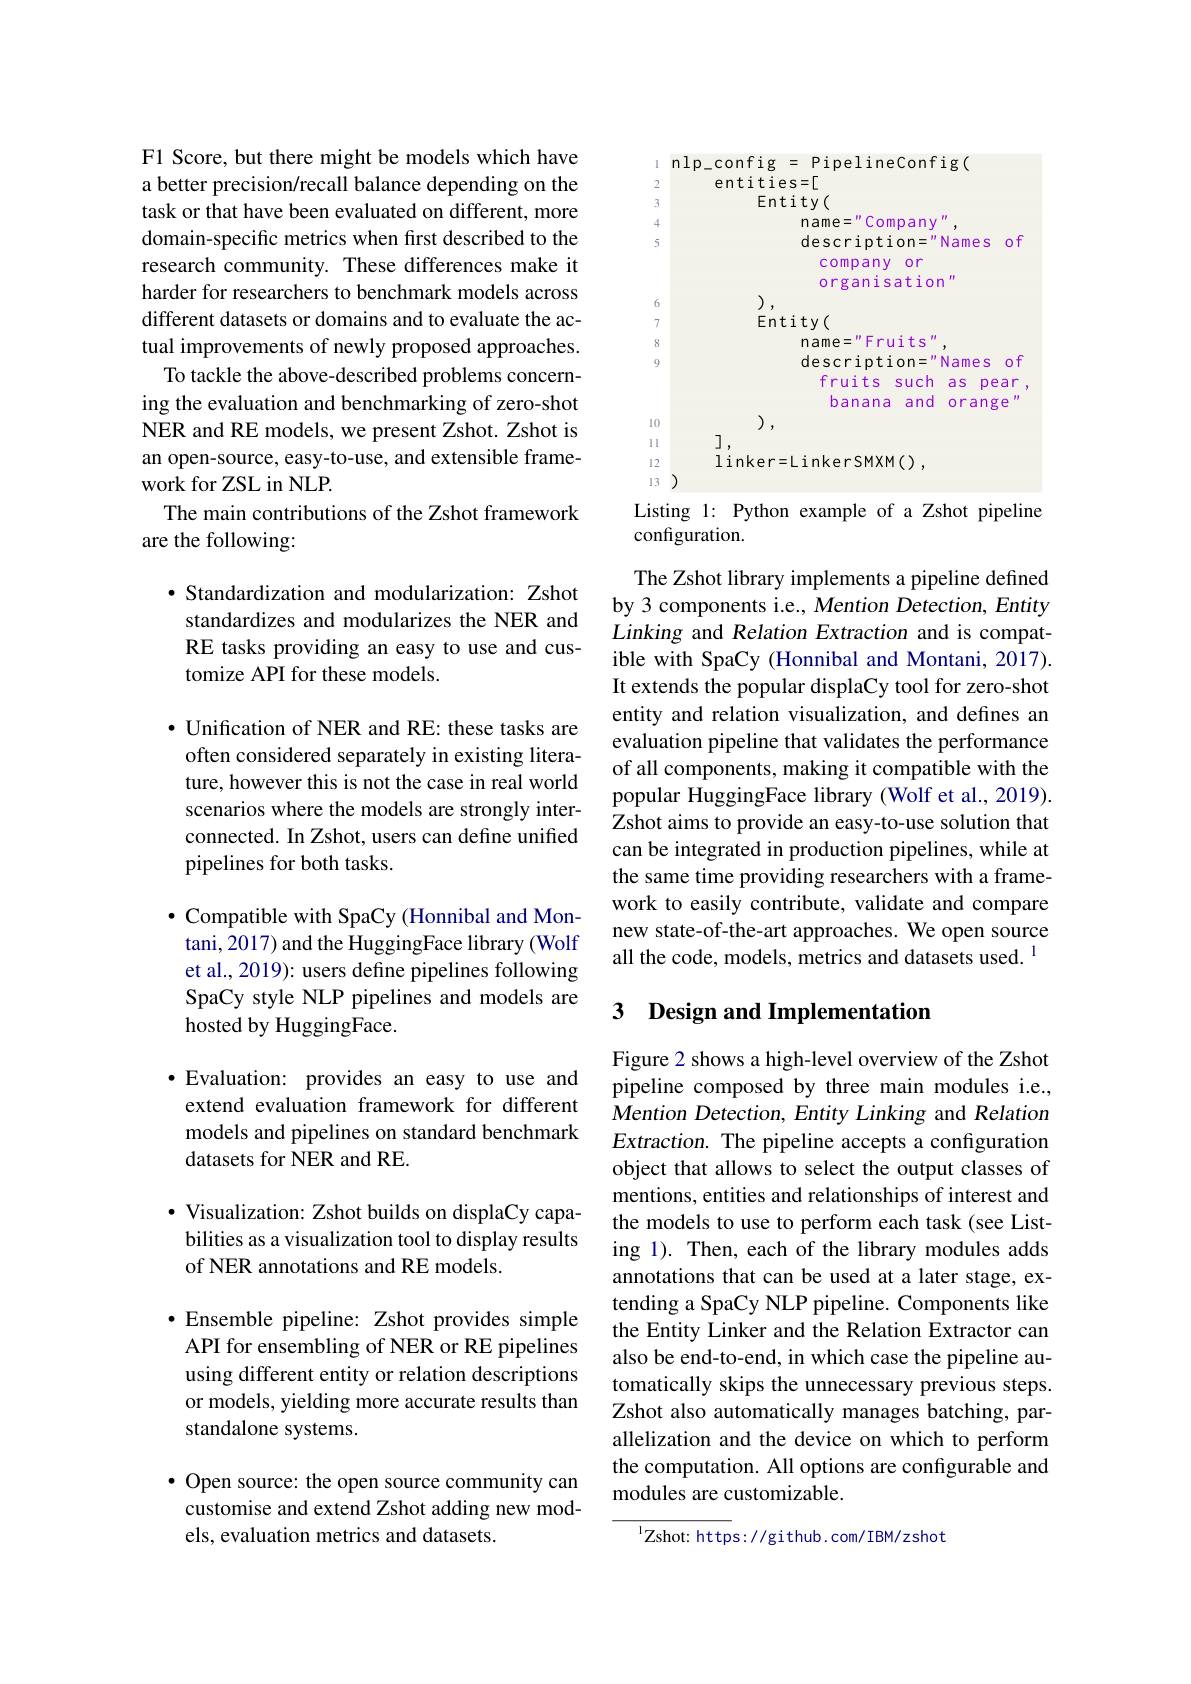
F1 Score, but there might be models which have a better precision/recall balance depending on the task or that have been evaluated on different, more domain-specific metrics when first described to the research community. These differences make it harder for researchers to benchmark models across different datasets or domains and to evaluate the actual improvements of newly proposed approaches.
To tackle the above-described problems concerning the evaluation and benchmarking of zero-shot NER and RE models, we present Zshot. Zshot is an open-source, easy-to-use, and extensible framework for ZSL in NLP.
The main contributions of the Zshot framework
are the following:

$\bullet$ Standardization and modularization: Zshot standardizes and modularizes the NER and RE tasks providing an easy to use and customize API for these models.

$\bullet$ Unification of NER and RE: these tasks are often considered separately in existing literature, however this is not the case in real world scenarios where the models are strongly interconnected. In Zshot, users can define unified pipelines for both tasks.

$\bullet$ Compatible with SpaCy (Honnibal and Montani, 2017) and the HuggingFace library (Wolf et al., 2019): users define pipelines following SpaCy style NLP pipelines and models are hosted by HuggingFace.

$\bullet$ Evaluation: provides an easy to use and extend evaluation framework for different models and pipelines on standard benchmark datasets for NER and RE.

$\bullet$ Visualization: Zshot builds on displaCy capabilities as a visualization tool to display results of NER annotations and RE models.

$\bullet$ Ensemble pipeline: Zshot provides simple API for ensembling of NER or RE pipelines using different entity or relation descriptions or models, yielding more accurate results than standalone systems.

$\bullet$ Open source: the open source community can customise and extend Zshot adding new models, evaluation metrics and datasets.

 nlp$\_$config = PipelineConfig(
entities=[
3
Entity(
name= " Company" ,
description="Names of
company or
organisation"
),
Entity(
name="Fruits",
9
description="Names of fruits such as pear, banana and orange"
),
10
],
ll 12
$\operatorname{linker=LinkerSMXM}()$,
13 )
Listing 1: Python example of a Zshot pipeline

configuration.

The Zshot library implements a pipeline defined by 3 components i.e., Mention Detection, Entity Linking and Relation Extraction and is compatible with SpaCy (Honnibal and Montani, 2017). It extends the popular displaCy tool for zero-shot entity and relation visualization, and defines an evaluation pipeline that validates the performance of all components, making it compatible with the popular HuggingFace library (Wolf et al., 2019). Zshot aims to provide an easy-to-use solution that can be integrated in production pipelines, while at the same time providing researchers with a framework to easily contribute, validate and compare new state-of-the-art approaches. We open source all the code, models, metrics and datasets used. 1

## 3 Design and Implementation

Figure 2 shows a high-level overview of the Zshot pipeline composed by three main modules i.e., Mention Detection, Entity Linking and Relation $Extraction.$ The pipeline accepts a configuration object that allows to select the output classes of mentions, entities and relationships of interest and the models to use to perform each task (see Listing 1). Then, each of the library modules adds annotations that can be used at a later stage, extending a SpaCy NLP pipeline. Components like the Entity Linker and the Relation Extractor can also be end-to-end, in which case the pipeline automatically skips the unnecessary previous steps. Zshot also automatically manages batching, parallelization and the device on which to perform the computation. All options are configurable and modules are customizable.

$^{\mathrm{l}}$Zshot: https: //github. com/ IBM/zshot